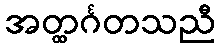
အတ္ထင်္ဂတသညီ